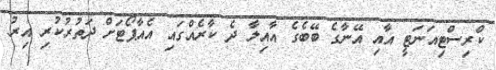
ކްރިސްޓިއަނަޓީ އާއި އޭނާގެ ބޭބެގެ އާއިލާ ދެ ކާރެއްގައި އެއާޕޯޓަށް ދަތުރުކުރި އިރު